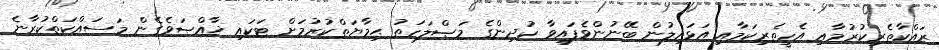
ރައްކާތެރިކުރުމާއި އެހީތެރިކަމާއި އަޅައިލުން ބޭނުންވެފައިވާ ކުދިންގެ މަޞްލަހަތު ޙިމާޔަތްކުރުމަށް ޓަކައި ޚާއްޞަވެގެން މަސައްކަތްކުރާނެ